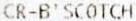
CR-B'SCOTCH